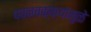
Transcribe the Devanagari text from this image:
पवनचक्क्यांमुळे